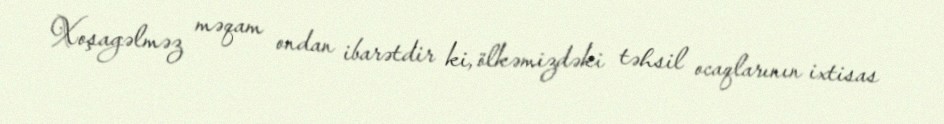
Xoşagəlməz məqam ondan ibarətdir ki, ölkəmizdəki təhsil ocaqlarının ixtisas